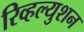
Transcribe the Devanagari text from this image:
रिव्हल्युशन